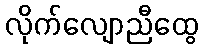
လိုက်လျောညီထွေ